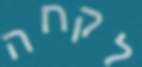
לקחה